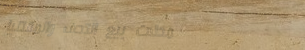
محلات بيع التحف والمقتنيا